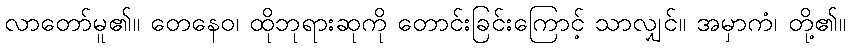
လာတော်မူ၏။ တေနေဝ၊ ထိုဘုရားဆုကို တောင်းခြင်းကြောင့် သာလျှင်။ အမှာကံ၊ တို့၏။